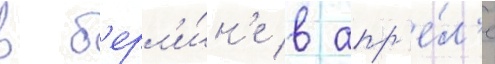
в б'ерл'и́н'е в апр'е́л'е